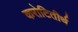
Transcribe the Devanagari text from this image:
करोटितीर्थ